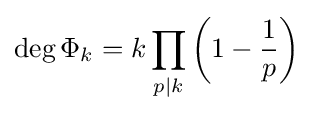
\operatorname {deg} \Phi _{k}=k\prod _{p|k}\left(1-{\frac {1}{p}}\right)